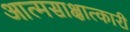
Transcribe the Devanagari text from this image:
आत्मसाक्षात्कारी